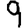
Digit: 9